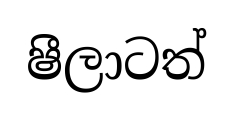
ෂීලාටත්